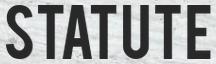
STATUTE